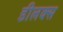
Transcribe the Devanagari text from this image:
डीलक्‍स